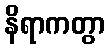
နိရာကတွာ